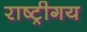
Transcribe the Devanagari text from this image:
राष्ट्रीगय